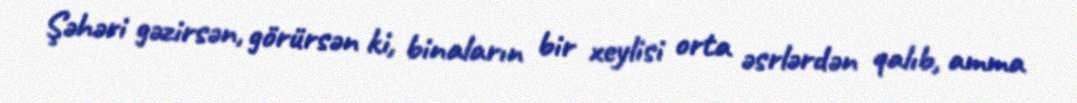
Şəhəri gəzirsən, görürsən ki, binaların bir xeylisi orta əsrlərdən qalıb, amma